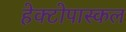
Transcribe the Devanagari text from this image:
हेक्टोपास्कल